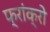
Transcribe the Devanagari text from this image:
फ्रांक्रो